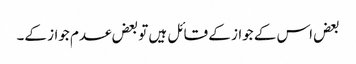
بعض اس کے جواز کے قائل ہیں تو بعض عدم جواز کے۔